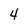
Character: 4